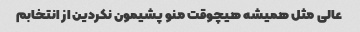
عالی مثل همیشه هیچوقت منو پشیمون نکردین از انتخابم